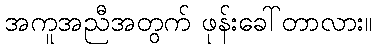
အကူအညီအတွက် ဖုန်းခေါ်တာလား။